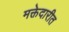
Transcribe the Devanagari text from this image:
मक्तेदारीत